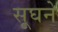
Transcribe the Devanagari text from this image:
सूघने